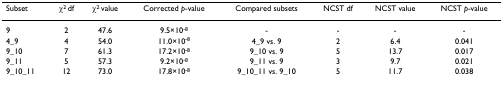
<table><thead><tr><td><b>Subset</b></td><td><b>χ<sup>2 </sup>df</b></td><td><b>χ<sup>2 </sup>value</b></td><td><b>Corrected <i>p</i>-value</b></td><td><b>Compared subsets</b></td><td><b>NCST df</b></td><td><b>NCST value</b></td><td><b>NCST <i>p</i>-value</b></td></tr></thead><tbody><tr><td>9</td><td>2</td><td>47.6</td><td>9.5×10<sup>-8</sup></td><td>-</td><td>-</td><td>-</td><td>-</td></tr><tr><td>4_9</td><td>4</td><td>54.0</td><td>11.0×10<sup>-8</sup></td><td>4_9 vs. 9</td><td>2</td><td>6.4</td><td>0.041</td></tr><tr><td>9_10</td><td>7</td><td>61.3</td><td>17.2×10<sup>-8</sup></td><td>9_10 vs. 9</td><td>5</td><td>13.7</td><td>0.017</td></tr><tr><td>9_11</td><td>5</td><td>57.3</td><td>9.2×10<sup>-8</sup></td><td>9_11 vs. 9</td><td>3</td><td>9.7</td><td>0.021</td></tr><tr><td>9_10_11</td><td>12</td><td>73.0</td><td>17.8×10<sup>-8</sup></td><td>9_10_11 vs. 9_10</td><td>5</td><td>11.7</td><td>0.038</td></tr></tbody></table>